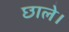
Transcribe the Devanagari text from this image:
छाले।